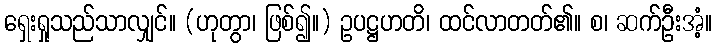
ရှေးရှုသည်သာလျှင်။ (ဟုတွာ၊ ဖြစ်၍။) ဥပဋ္ဌဟတိ၊ ထင်လာတတ်၏။ စ၊ ဆက်ဦးအံ့။